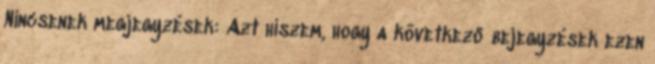
Nincsenek megjegyzések: Azt hiszem, hogy a következő bejegyzések ezen